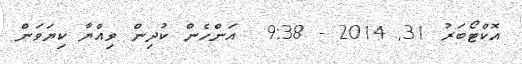
އޮކްޓޯބަރު 31